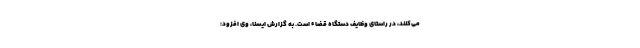
می‌کنند، در راستای وظایف دستگاه قضاء است. به گزارش ایسنا، وی افزود: